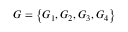
G = \left\{ G _ { 1 } , G _ { 2 } , G _ { 3 } , G _ { 4 } \right\}